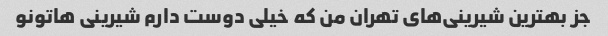
جز بهترین شیرینی‌های تهران من که خیلی دوست دارم شیرینی هاتونو